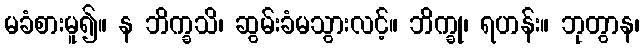
မခံစားမူ၍။ န ဘိက္ခသိ၊ ဆွမ်းခံမသွားလင့်။ ဘိက္ခု၊ ရဟန်း။ ဘုတွာန၊